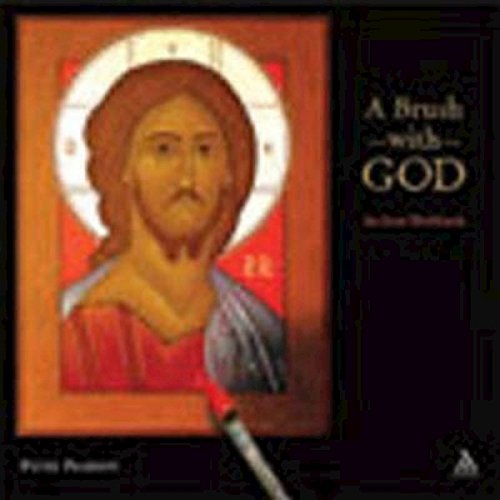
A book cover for A Brush with God: An Icon Workbook; Peter Pearson; Arts & Photography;